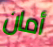
أمان